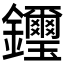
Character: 𨰡